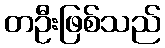
တဦးဖြစ်သည်